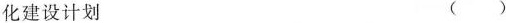
化建设计划 ()